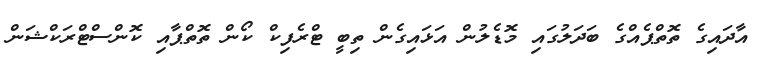
އާދައިގެ ތޮތްޕެއްގެ ބަދަލުގައި މޮޑެލުން އަޅައިގެން ތިބީ ޓްރެފިކް ކޯން ތޮތްޕާއި ކޮންސްޓްރަކްޝަން